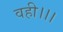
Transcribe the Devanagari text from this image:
वही।।।